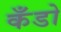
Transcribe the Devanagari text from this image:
कँडो